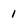
Character: 1